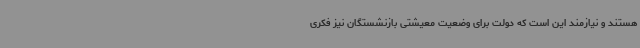
هستند و نیازمند این است که دولت برای وضعیت معیشتی بازنشستگان نیز فکری